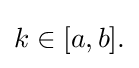
{\textstyle k\in [a,b].}